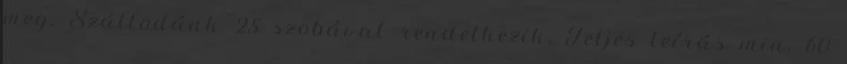
meg. Szállodánk 25 szobával rendelkezik, Teljes leírás min. 60